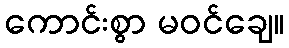
ကောင်းစွာ မဝင်ချေ။